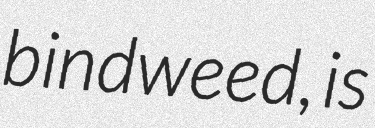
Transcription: bindweed, is